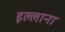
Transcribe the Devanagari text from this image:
इल्लाना